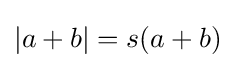
|a+b|=s(a+b)